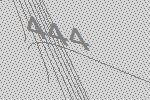
444